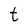
Character: t